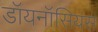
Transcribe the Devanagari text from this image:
डॉयनॉसियस